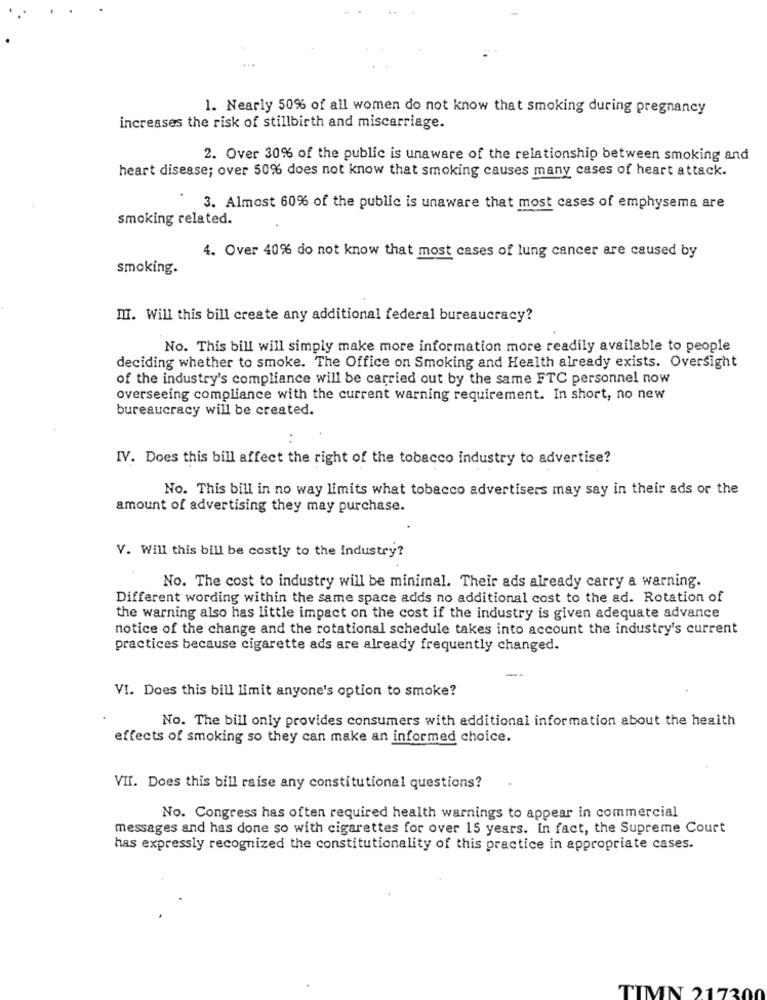
1. Nearly 50% of all women do not know that smoking during pregnancy
increases the risk of stillbirth and miscarriage.
2. Over 30% of the public is unaware of the relationship between smoking and
heart disease; over 50% does not know that smoking causes many cases of heart attack.
3. Almost 60% of the public is unaware that most cases of emphysema are
smoking related.
4. Over 40% do not know that most cases of lung cancer are caused by
smoking.
III. Will this bill create any additional federal bureaucracy?
No. This bill will simply make more information more readily available to people
deciding whether to smoke. The Office on Smoking and Health already exists. Oversight
of the industry's compliance will be carried out by the same FTC personnel now
overseeing compliance with the current warning requirement. In short, no new
bureaucracy will be created.
IV. Does this bill affect the right of the tobacco industry to advertise?
No. This bill in no way limits what tobacco advertisers may say in their ads or the
amount of advertising they may purchase.
V. Will this bill be costly to the industry?
No. The cost to industry will be minimal. Their ads already carry a warning.
Different wording within the same space adds no additional cost to the ad. Rotation of
the warning also has little impact on the cost if the industry is given adequate advance
notice of the change and the rotational schedule takes into account the industry's current
practices because cigarette ads are already frequently changed.
VI. Does this bill limit anyone's option to smoke?
No. The bill only provides consumers with additional information about the heaith
effects of smoking so they can make an informed choice.
VII. Does this bill raise any constitutional questions?
No. Congress has often required health warnings to appear in commercial
messages and has done so with cigarettes for over 15 years. In fact, the Supreme Court
has expressly recognized the constitutionality of this practice in appropriate cases.
TIMN 217300